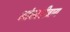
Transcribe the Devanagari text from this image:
भांबवडीबाग